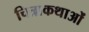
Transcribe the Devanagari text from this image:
चित्राकथाओं